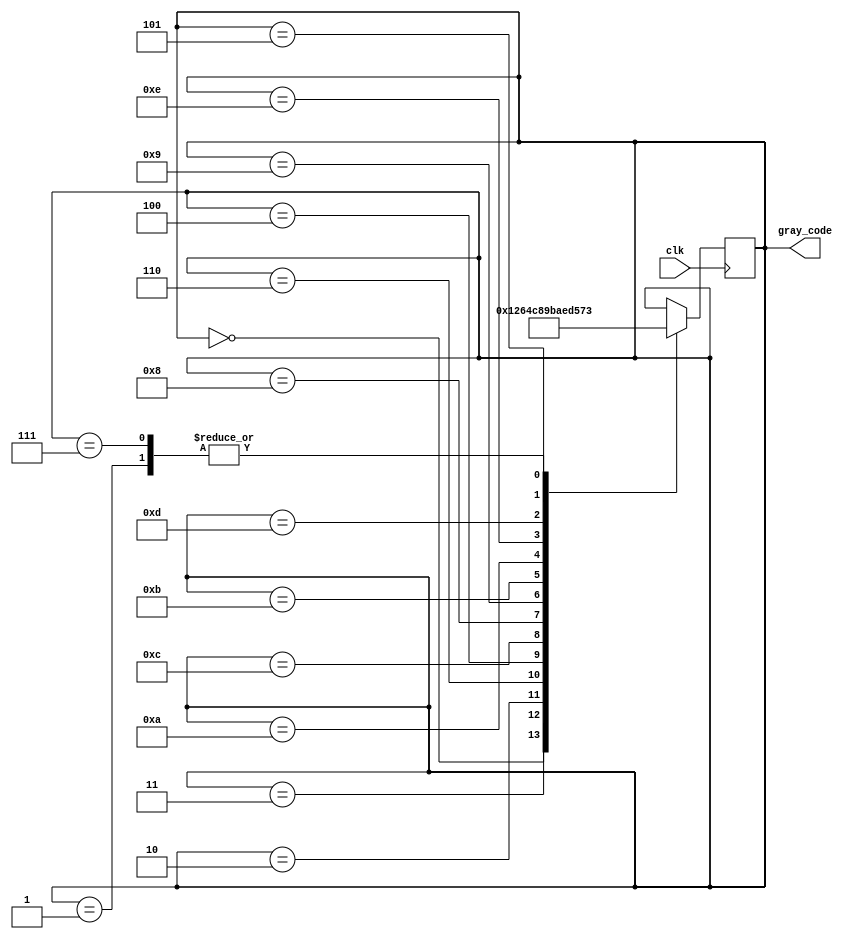
module johnson_gray_counter (
    input wire clk,
    output reg [3:0] gray_code
);

reg [3:0] state;

always @(posedge clk) begin
    case (state)
        4'b0000: state <= 4'b0001;
        4'b0001: state <= 4'b0011;
        4'b0011: state <= 4'b0010;
        4'b0010: state <= 4'b0110;
        4'b0110: state <= 4'b0100;
        4'b0100: state <= 4'b1100;
        4'b1100: state <= 4'b1000;
        4'b1000: state <= 4'b1001;
        4'b1001: state <= 4'b1011;
        4'b1011: state <= 4'b1010;
        4'b1010: state <= 4'b1110;
        4'b1110: state <= 4'b1101;
        4'b1101: state <= 4'b0101;
        4'b0101: state <= 4'b0111;
        4'b0111: state <= 4'b0011;
    endcase
end

assign gray_code = state;

endmodule